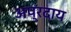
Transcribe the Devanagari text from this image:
अप्रदाय